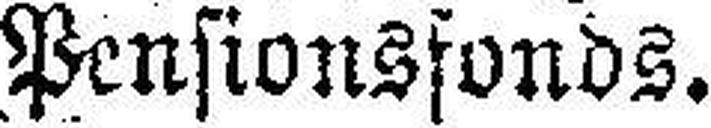
Pensionsfonds.